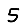
Digit: 5